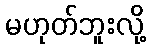
မဟုတ်ဘူးလို့